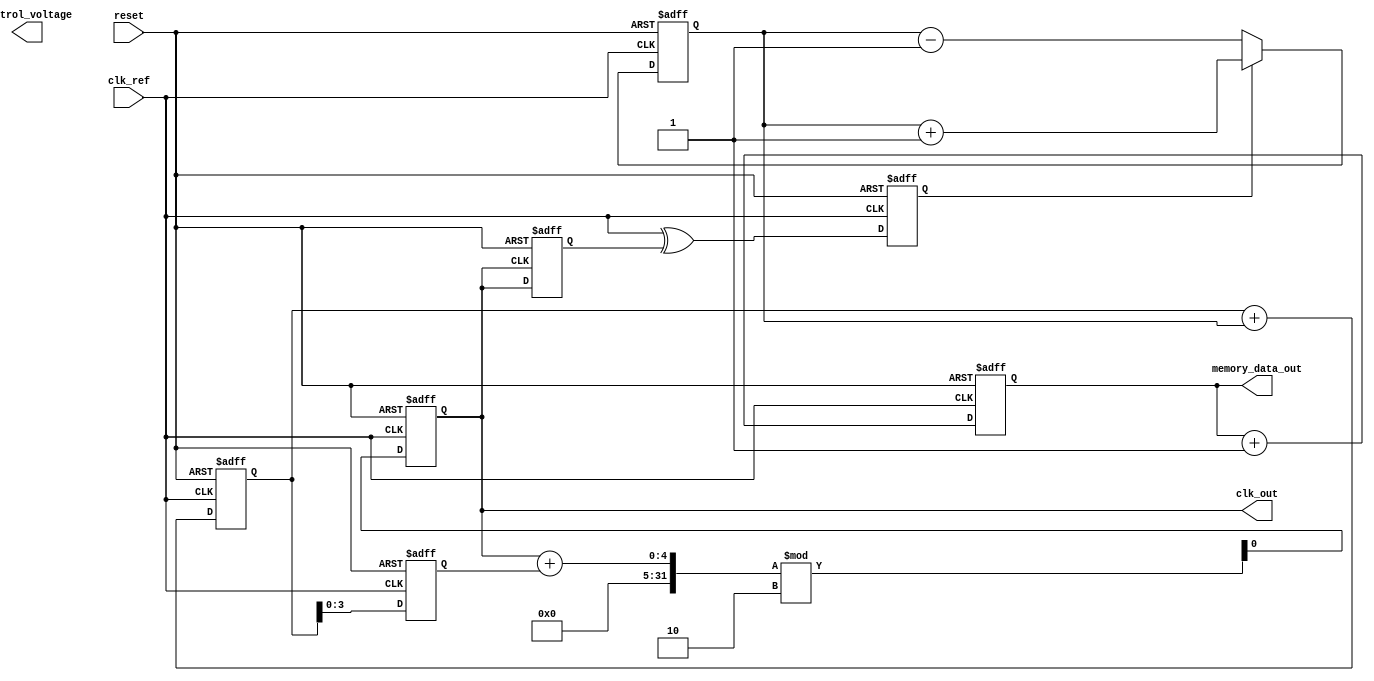
module MemoryBlocksAnalogPLL(
    input wire clk_ref,               // Reference clock input
    input wire reset,                 // Reset signal
    output reg clk_out,               // Output clock
    output reg [7:0] control_voltage, // Control voltage for VCO
    output wire [7:0] memory_data_out // Memory block output
);

// Parameters for PLL
parameter DIV_RATIO = 4;            // Frequency division ratio

// Internal signals
reg clk_fb;                          // Feedback clock
reg phase_error;                     // Phase error signal
reg [7:0] charge_pump_output;       // Charge pump output current
reg [7:0] loop_filter_output;        // Output of loop filter
reg [7:0] vco_frequency;             // VCO frequency control
reg [7:0] memory_data;               // Memory block data

// Phase Detector (PD)
always @(posedge clk_ref or posedge reset) begin
    if (reset) begin
        phase_error <= 0;
    end else begin
        // Simple phase detector logic (XOR for phase comparison)
        phase_error <= (clk_ref ^ clk_fb);
    end
end

// Charge Pump (CP)
always @(posedge clk_ref or posedge reset) begin
    if (reset) begin
        charge_pump_output <= 0;
    end else begin
        // Convert phase error to current output
        if (phase_error) begin
            charge_pump_output <= charge_pump_output + 1; // Positive pulse
        end else begin
            charge_pump_output <= charge_pump_output - 1; // Negative pulse
        end
    end
end

// Loop Filter (simple first-order for demonstration)
always @(posedge clk_ref or posedge reset) begin
    if (reset) begin
        loop_filter_output <= 0;
    end else begin
        loop_filter_output <= loop_filter_output + charge_pump_output; // Integrate the charge pump output
    end
end

// Voltage-Controlled Oscillator (VCO)
always @(posedge clk_ref or posedge reset) begin
    if (reset) begin
        vco_frequency <= 0;
        clk_out <= 0;
    end else begin
        vco_frequency <= loop_filter_output; // Control VCO frequency
        // Generate clk_out based on VCO frequency
        clk_out <= (clk_out + vco_frequency[DIV_RATIO - 1:0]) % 2; // Simple toggle for output clock
    end
end

// Frequency Divider
always @(posedge clk_out or posedge reset) begin
    if (reset) begin
        clk_fb <= 0;
    end else begin
        clk_fb <= clk_out; // Feedback clock for phase detector
    end
end

// Memory Block (for storing parameters)
always @(posedge clk_ref or posedge reset) begin
    if (reset) begin
        memory_data <= 8'hFF; // Default data
    end else begin
        // Update memory data based on external conditions
        memory_data <= memory_data + 1; // Example operation
    end
end

assign memory_data_out = memory_data; // Output from memory block

endmodule